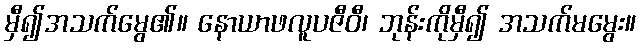
မှီ၍အသက်မွေ၏။ နောယာဖလူပဇီဝီ၊ ဘုန်းကိုမှီ၍ အသက်မမွေး။